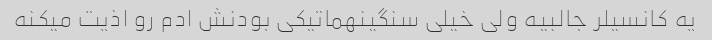
یه کانسیلر جالبیه ولی خیلی سنگینهماتیکی بودنش ادم رو اذیت میکنه